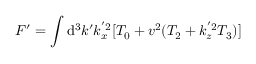
F ^ { \prime } = \int \mathrm { d } ^ { 3 } k ^ { \prime } k _ { x } ^ { ' 2 } [ T _ { 0 } + v ^ { 2 } ( T _ { 2 } + k _ { z } ^ { ' 2 } T _ { 3 } ) ] \,